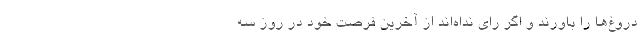
دروغ‌‌ها را باورند و اگر رای نداه‌اند از آخرین فرصت خود در روز سه